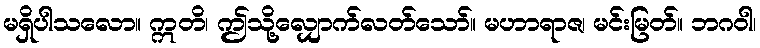
မရှိပါသလော။ ဣတိ၊ ဤသို့လျှောက်လတ်သော်။ မဟာရာဇ၊ မင်းမြတ်။ ဘဂဝါ၊